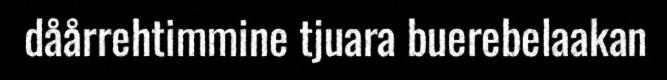
dåårrehtimmine tjuara buerebelaakan